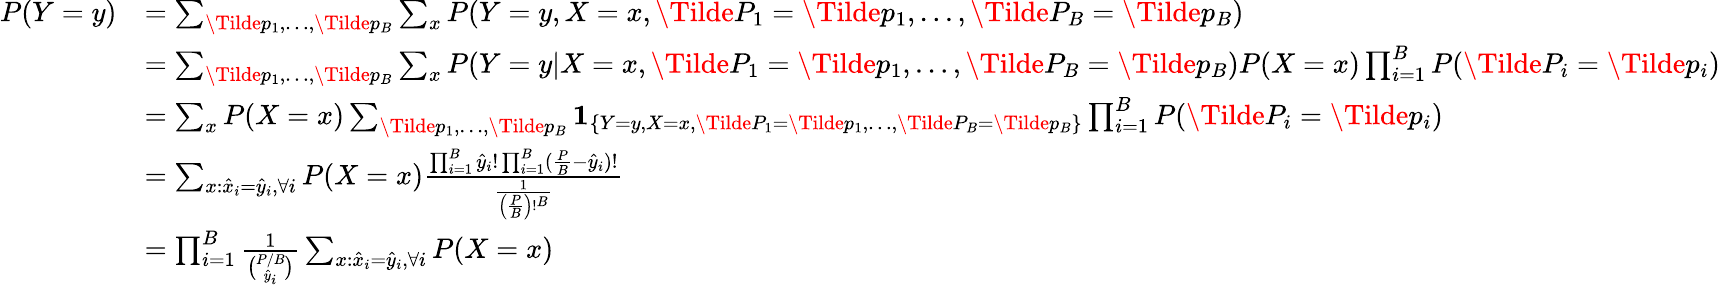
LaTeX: \begin{array}{rl}{P(Y=y)}&{=\sum_{\Tilde{p}_{1},\dots,\Tilde{p}_{B}}\sum_{x}P(Y=y,X=x,\Tilde{P}_{1}=\Tilde{p}_{1},\dots,\Tilde{P}_{B}=\Tilde{p}_{B})}\\ &{=\sum_{\Tilde{p}_{1},\dots,\Tilde{p}_{B}}\sum_{x}P(Y=y|X=x,\Tilde{P}_{1}=\Tilde{p}_{1},\dots,\Tilde{P}_{B}=\Tilde{p}_{B})P(X=x)\prod_{i=1}^{B}P(\Tilde{P}_{i}=\Tilde{p}_{i})}\\ &{=\sum_{x}P(X=x)\sum_{\Tilde{p}_{1},\dots,\Tilde{p}_{B}}\mathbf{1}_{\{ Y=y,X=x,\Tilde{P}_{1}=\Tilde{p}_{1},\dots,\Tilde{P}_{B}=\Tilde{p}_{B}\} }\prod_{i=1}^{B}P(\Tilde{P}_{i}=\Tilde{p}_{i})}\\ &{=\sum_{x:\hat{x}_{i}=\hat{y}_{i},\forall i}P(X=x)\frac{\prod_{i=1}^{B}\hat{y}_{i}!\prod_{i=1}^{B}(\frac{P}{B}-\hat{y}_{i})!}{\frac{1}{\left(\frac{P}{B}\right)!^{B}}}}\\ &{=\prod_{i=1}^{B}\frac{1}{\binom{P/B}{\hat{y}_{i}}}\sum_{x:\hat{x}_{i}=\hat{y}_{i},\forall i}P(X=x)}\end{array}